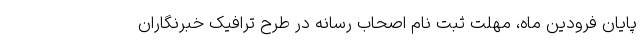
پایان فرودین ماه، مهلت ثبت نام اصحاب رسانه در طرح ترافیک خبرنگاران